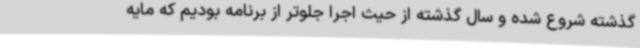
گذشته شروع شده و سال گذشته از حیث اجرا جلوتر از برنامه بودیم که مایه